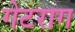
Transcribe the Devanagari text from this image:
गेटराग